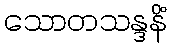
သောတသန္ဒနိံ